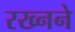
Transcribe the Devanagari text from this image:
रख्नने